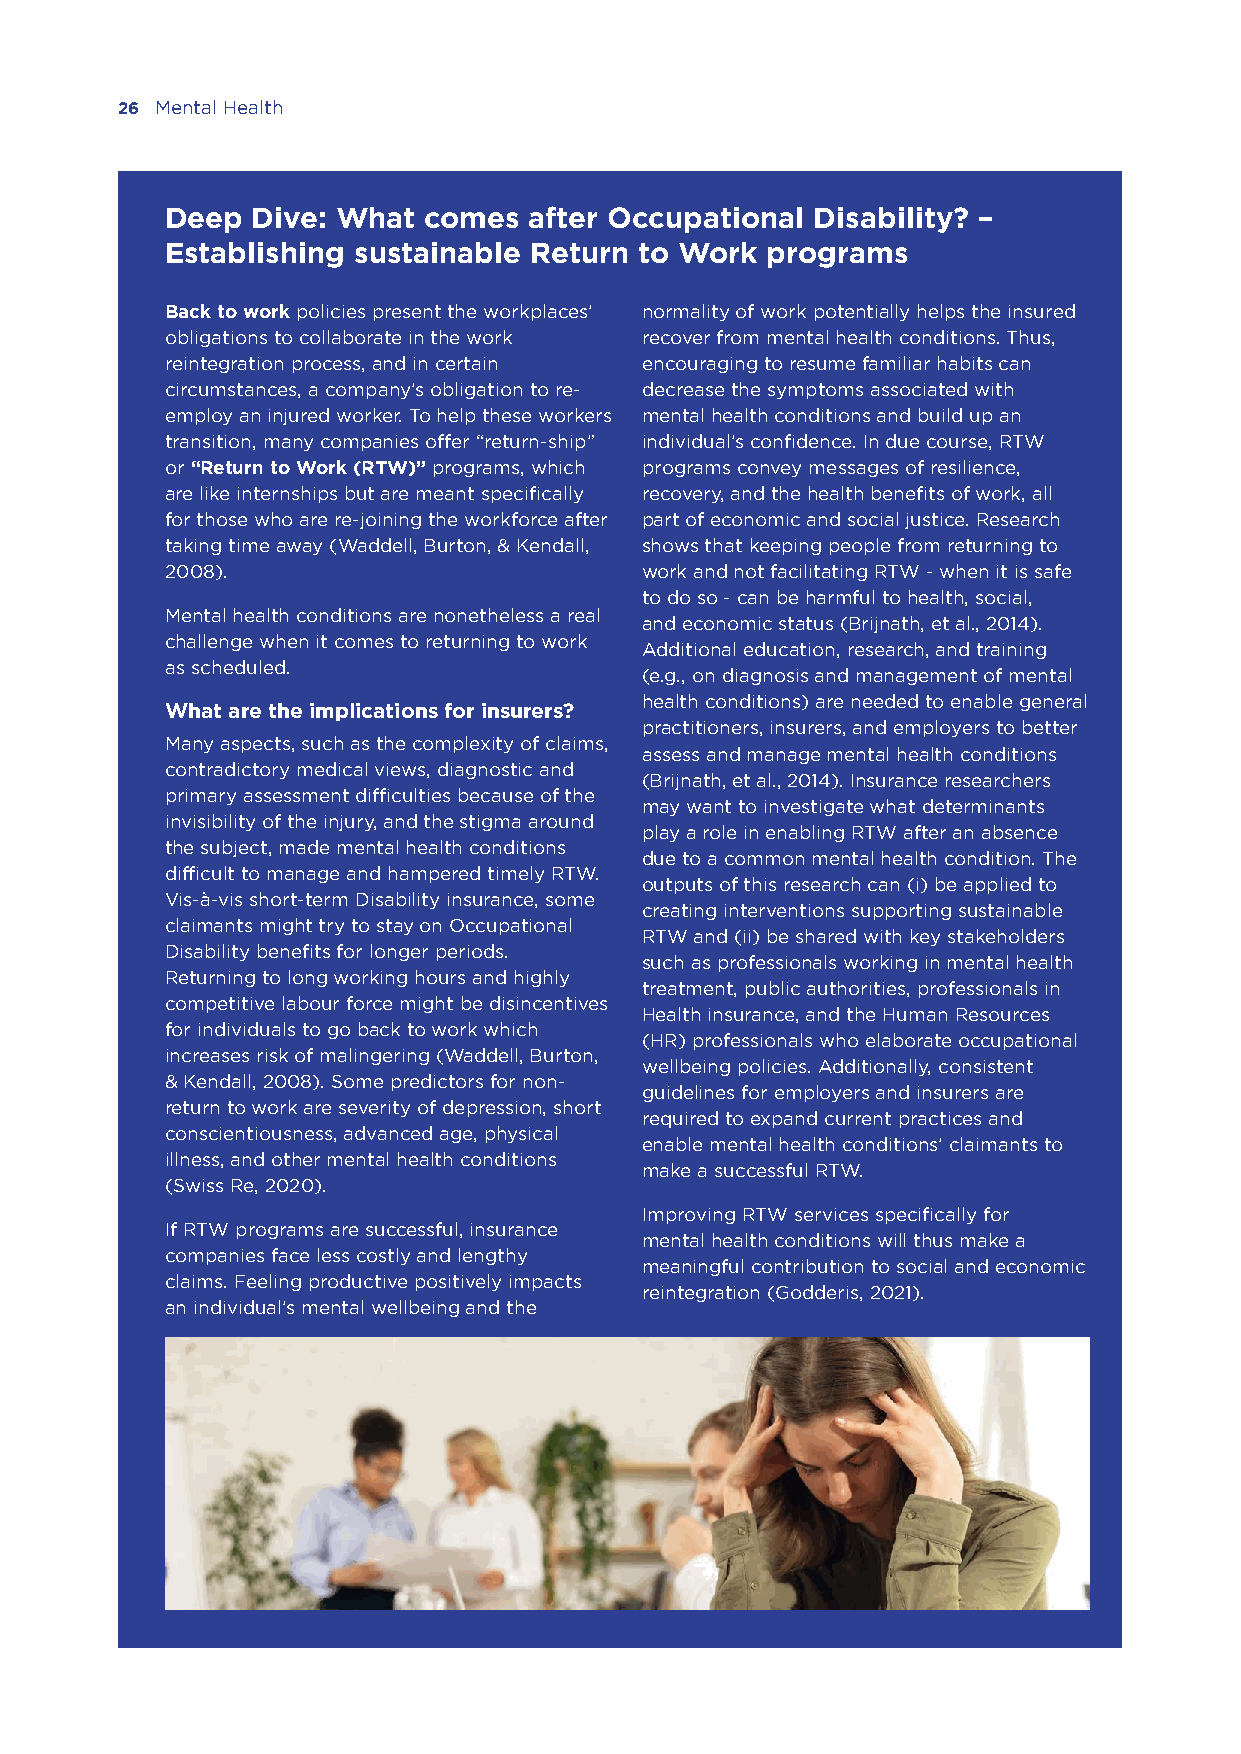
26 Mental Health
 Deep  Dive: What comes  after Occupational Disability? –
 Establishing sustainable Return to Work programs
 Back to work policies present the workplaces’ normality of work potentially helps the insured
 obligations to collaborate in the work recover from mental health conditions. Thus,
 reintegration process, and in certain encouraging to resume familiar habits can
 circumstances, a company’s obligation to re- decrease the symptoms associated with
 employ an injured worker. To help these workers mental health conditions and build up an
 transition, many companies offer “return-ship” individual’s confidence. In due course, RTW
 or “Return to Work (RTW)” programs, which programs convey messages of resilience,
 are like internships but are meant specifically recovery, and the health benefits of work, all
 for those who are re-joining the workforce after part of economic and social justice. Research
 taking time away (Waddell, Burton, & Kendall, shows that keeping people from returning to
 2008).                         work and not facilitating RTW - when it is safe
 to do so - can be harmful to health, social,
 Mental health conditions are nonetheless a real
 and economic status (Brijnath, et al., 2014).
 challenge when it comes to returning to work
 Additional education, research, and training
 as scheduled.
 (e.g., on diagnosis and management of mental
 health conditions) are needed to enable general
 What are the implications for insurers?
 practitioners, insurers, and employers to better
 Many aspects, such as the complexity of claims,
 assess and manage mental health conditions
 contradictory medical views, diagnostic and
 (Brijnath, et al., 2014). Insurance researchers
 primary assessment difficulties because of the
 may want to investigate what determinants
 invisibility of the injury, and the stigma around
 play a role in enabling RTW after an absence
 the subject, made mental health conditions
 due to a common mental health condition. The
 difficult to manage and hampered timely RTW.
 outputs of this research can (i) be applied to
 Vis-à-vis short-term Disability insurance, some
 creating interventions supporting sustainable
 claimants might try to stay on Occupational
 RTW and (ii) be shared with key stakeholders
 Disability benefits for longer periods.
 such as professionals working in mental health
 Returning to long working hours and highly
 treatment, public authorities, professionals in
 competitive labour force might be disincentives
 Health insurance, and the Human Resources
 for individuals to go back to work which
 (HR) professionals who elaborate occupational
 increases risk of malingering (Waddell, Burton,
 wellbeing policies. Additionally, consistent
 & Kendall, 2008). Some predictors for non-
 guidelines for employers and insurers are
 return to work are severity of depression, short
 required to expand current practices and
 conscientiousness, advanced age, physical
 enable mental health conditions’ claimants to
 illness, and other mental health conditions
 make a successful RTW.
 (Swiss Re, 2020).
 Improving RTW services specifically for
 If RTW programs are successful, insurance
 mental health conditions will thus make a
 companies face less costly and lengthy
 meaningful contribution to social and economic
 claims. Feeling productive positively impacts
 reintegration (Godderis, 2021).
 an individual’s mental wellbeing and the